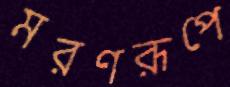
মরণরূপে